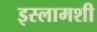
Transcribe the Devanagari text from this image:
इस्लामशी